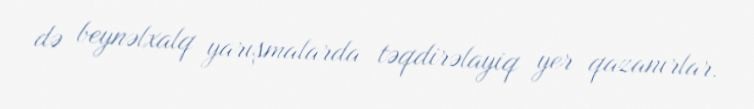
də beynəlxalq yarışmalarda təqdirəlayiq yer qazanırlar.